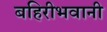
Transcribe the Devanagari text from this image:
बहिरीभवानी